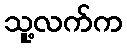
သူ့လက်က